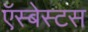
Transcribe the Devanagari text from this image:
ऍस्बेस्टस